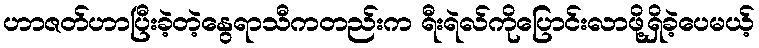
ဟာဇတ်ဟာပြီးခဲ့တဲ့နွေရာသီကတည်းက ရီးရဲလ်ကိုပြောင်းလာဖို့ရှိခဲ့ပေမယ့်